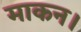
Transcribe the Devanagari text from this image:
माकन।